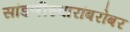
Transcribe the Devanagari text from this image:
सांडणीस्वारांबरोबर